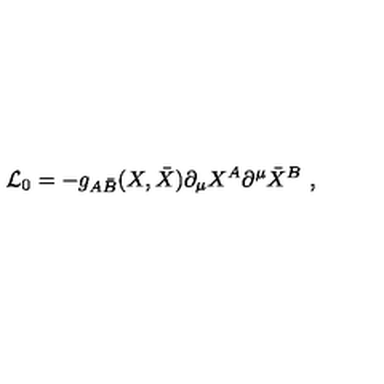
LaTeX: { \cal L } _ { 0 } = - g _ { A \bar { B } } ( X , \bar { X } ) \partial _ { \mu } X ^ { A } \partial ^ { \mu } \bar { X } ^ { B } \ ,